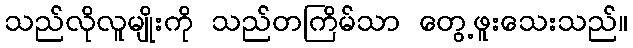
သည်လိုလူမျိုးကို သည်တကြိမ်သာ တွေ့ဖူးသေးသည်။